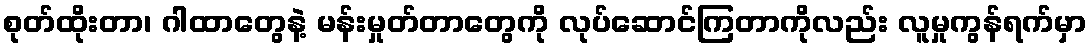
စုတ်ထိုးတာ၊ ဂါထာတွေနဲ့ မန်းမှုတ်တာတွေကို လုပ်ဆောင်ကြတာကိုလည်း လူမှုကွန်ရက်မှာ